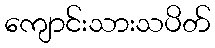
ကျောင်းသားသပိတ်